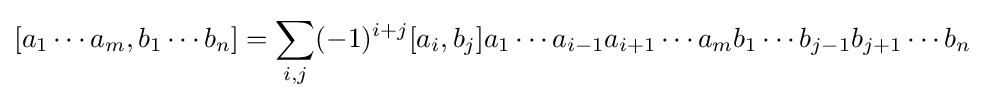
[a_{1}\cdots a_{m},b_{1}\cdots b_{n}]=\sum _{i,j}(-1)^{i+j}[a_{i},b_{j}]a_{1}\cdots a_{i-1}a_{i+1}\cdots a_{m}b_{1}\cdots b_{j-1}b_{j+1}\cdots b_{n}